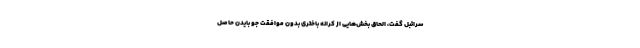
سرائبل گفت، الحاق بخش‌هایی از کرانه باختری بدون موافقت جو بایدن حاصل